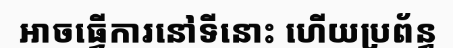
អាចធ្វើការនៅទីនោះ ហើយប្រព័ន្ធ